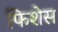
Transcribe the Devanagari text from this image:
फिशेस